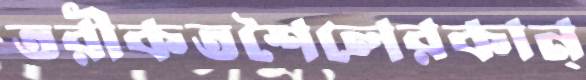
তরীকতশৈলেরকান্